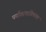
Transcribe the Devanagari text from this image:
पर्यावरणाविषयक